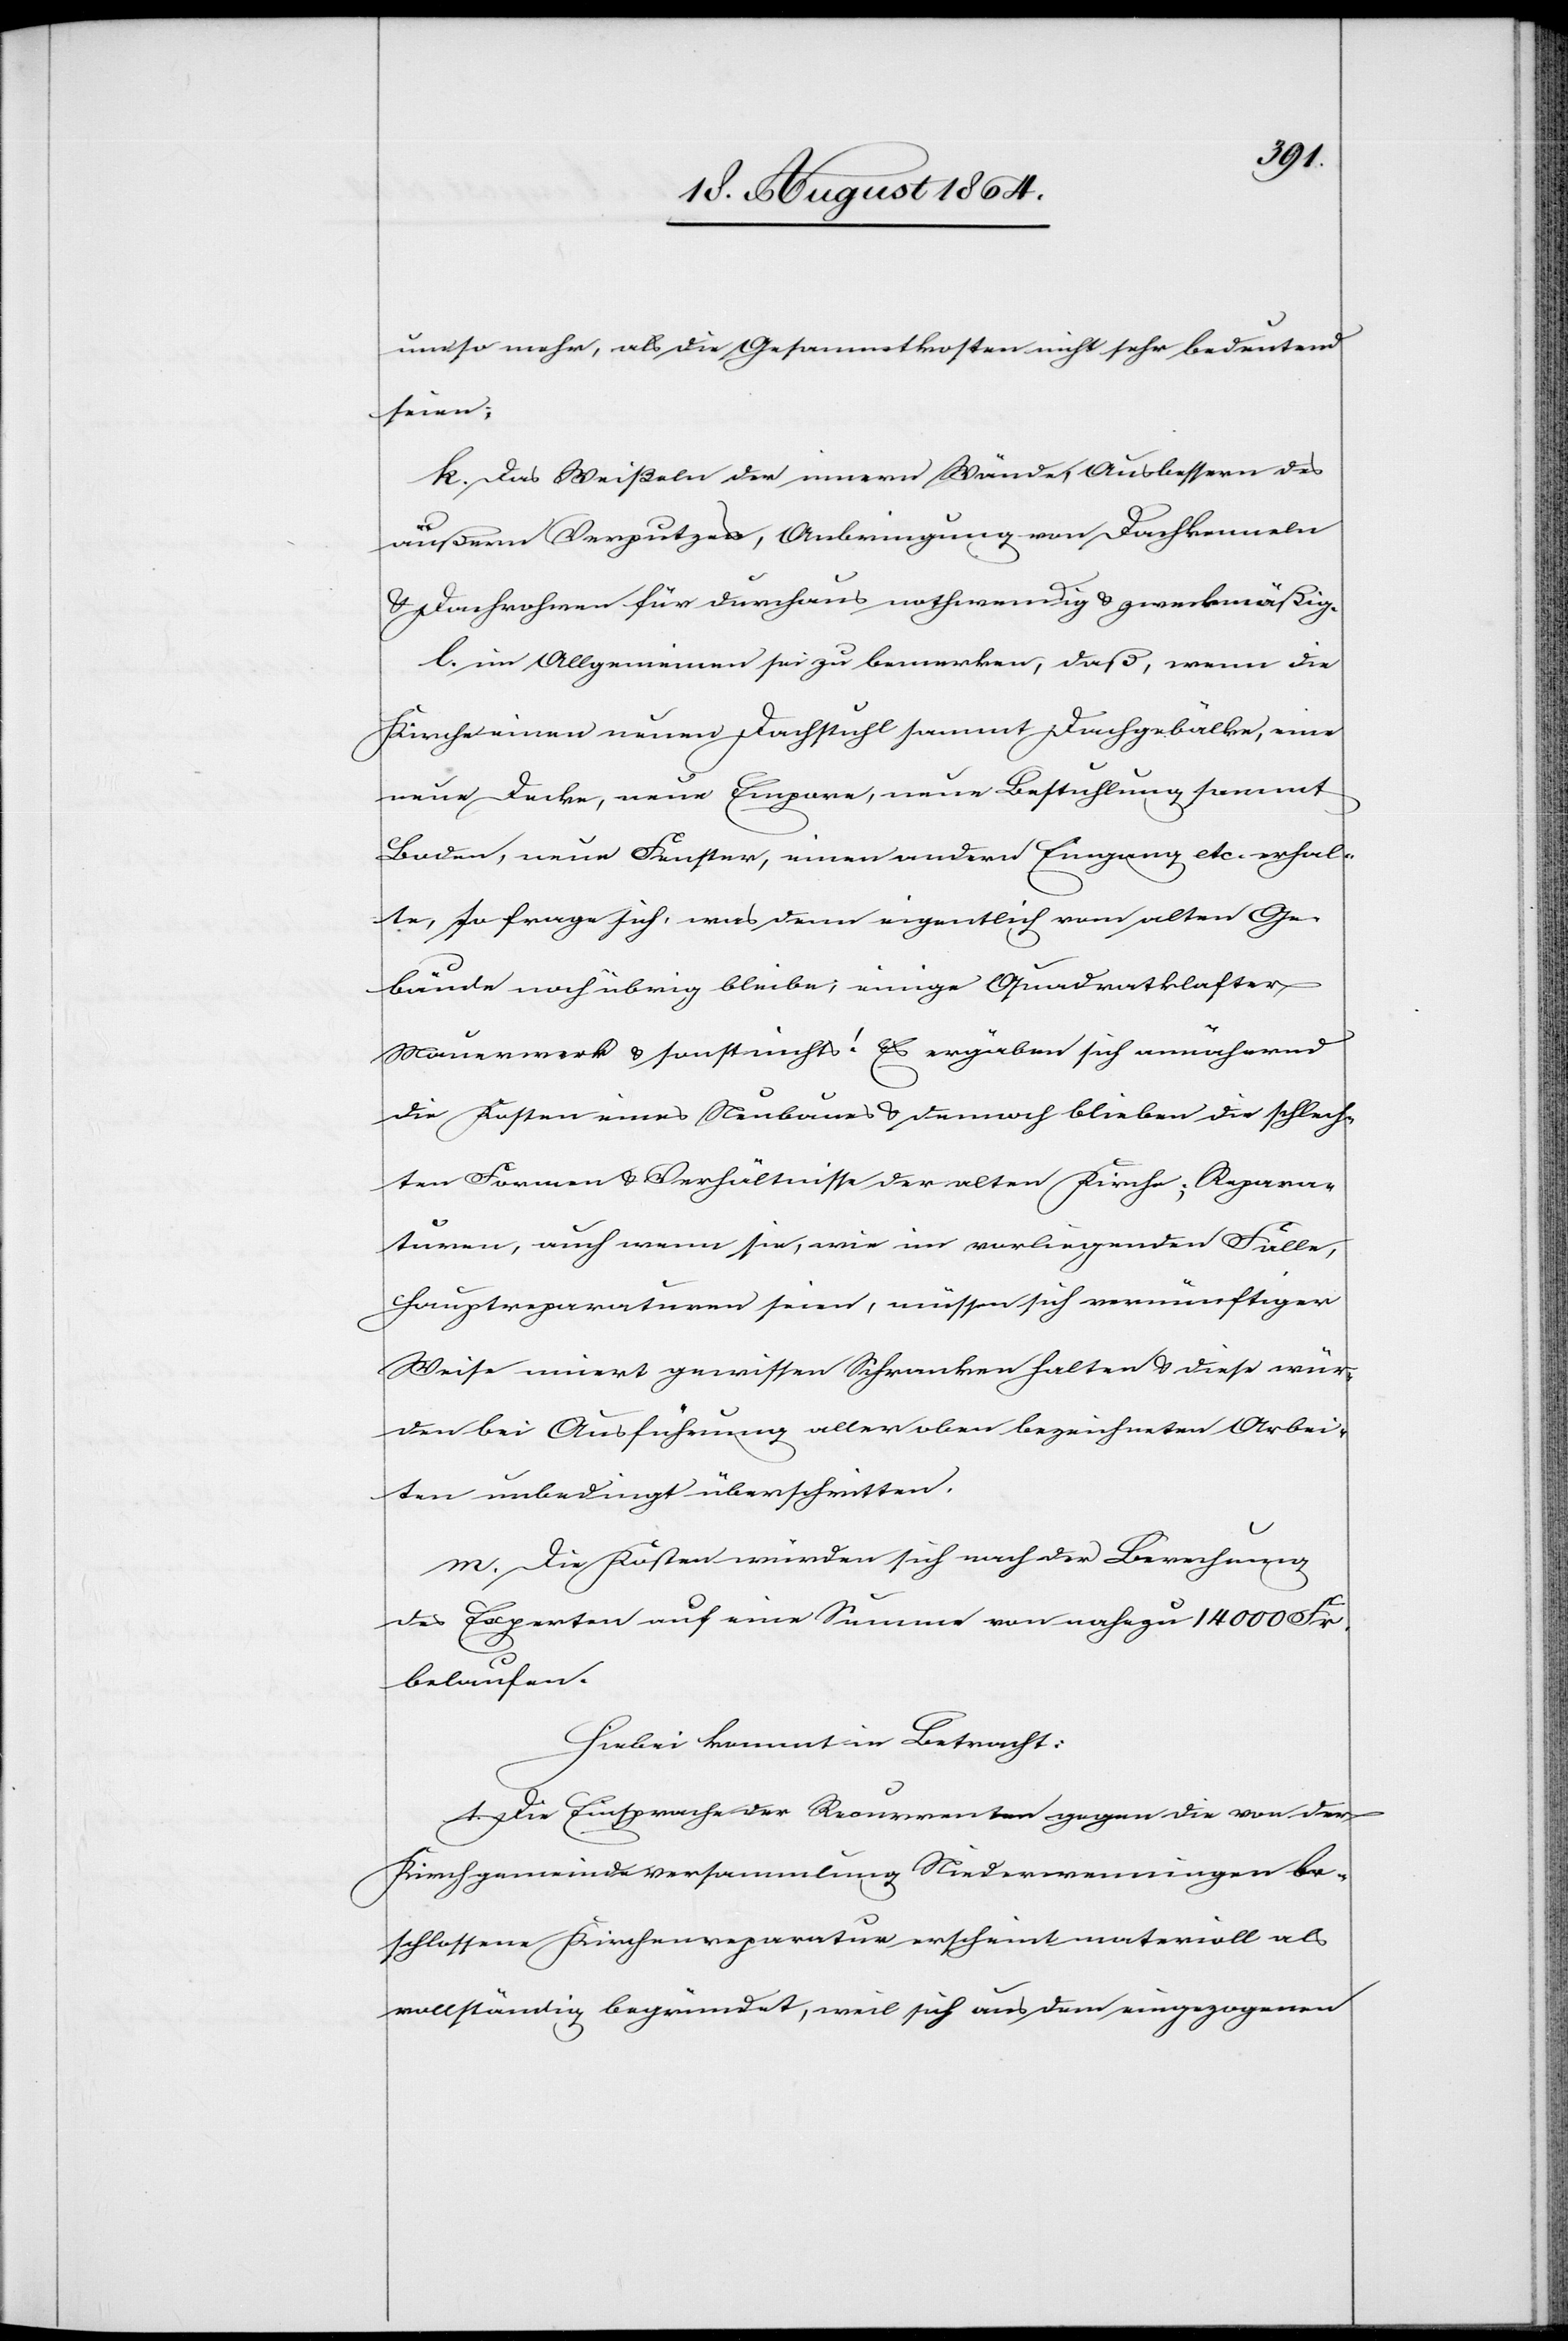
umso mehr, als die Gesammtkosten nicht sehr bedeutend
seien;
k. Das Weißeln der innern Wände, Ausbessern des
äußern Vorputzes, Anbringung von Dachkenneln
& Dachrohren für durchaus nothwendig & zweckmäßig
l. im Allgemeinen sei zu bemerken, daß, wenn die
Kirche einen neuen Dachstuhl sammt Dachgebälke, eine
neue Decke, neue Empore, neue Bestuhlung sammt
Boden, neue Fenster, einen andern Eingang etc. erhal¬
te, so frage sich, was denn eigentlich vom alten Ge¬
bäude noch übrig bleibe; einige Quadratklafter
Mauerwerk & sonst nichts! Es ergäben sich annähernd
die Kosten eines Neubaues & dennoch blieben die schlech¬
ten Formen & Verhältnisse der alten Kirche. Repara¬
turen, auch wenn sie, wie im vorliegenden Falle
Hauptreparaturen seien, müssen sich vernünftiger
Weise innert gewissen Schranken halten & diese wür¬
den bei Ausführung aller oben bezeichneten Arbei¬
ten unbedingt überschritten.
m. Die Kosten würden sich nach der Berechnung
des Experten auf eine Summe von nahezu 14000 Fr.
belaufen.
Hiebei kommt in Betracht:
1. Die Einsprache der Recurrenten gegen die von der
Kirchgemeindeversammlung Niederwenningen be¬
schlossene Kirchenreparatur erscheint materiell als
vollständig begründet, weil sich aus dem eingezogenen